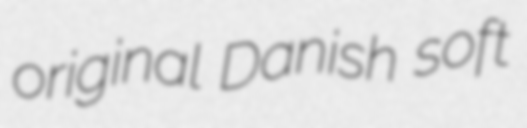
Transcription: original Danish soft